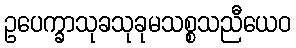
ဥပေက္ခာသုခသုခုမသစ္စသညီယေဝ